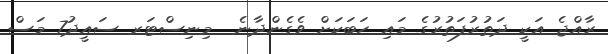
ރާއްޖެ އަކީ ދަތުރުފަތުރުގެ މައި ހަބަކަށް ވެގެންދާނެ  މިނިސްޓަރ ސައީދު7 މަސް